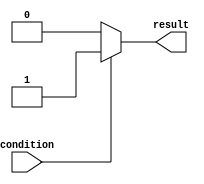
module if_else_statement (
    input wire condition,
    output reg result
);

always @ (*) begin
    if (condition) begin
        // Action to be taken if condition is true
        result = 1;
    end
    else begin
        // Action to be taken if condition is false
        result = 0;
    end
end

endmodule